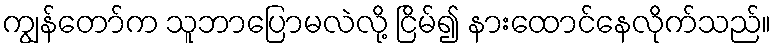
ကျွန်တော်က သူဘာပြောမလဲလို့ ငြိမ်၍ နားထောင်နေလိုက်သည်။